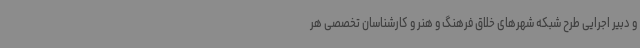
و دبیر اجرایی طرح شبکه شهرهای خلاق فرهنگ و هنر و کارشناسان تخصصی هر